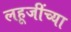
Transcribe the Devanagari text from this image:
लहूजींच्या